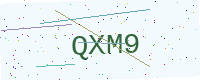
Text: QXM9